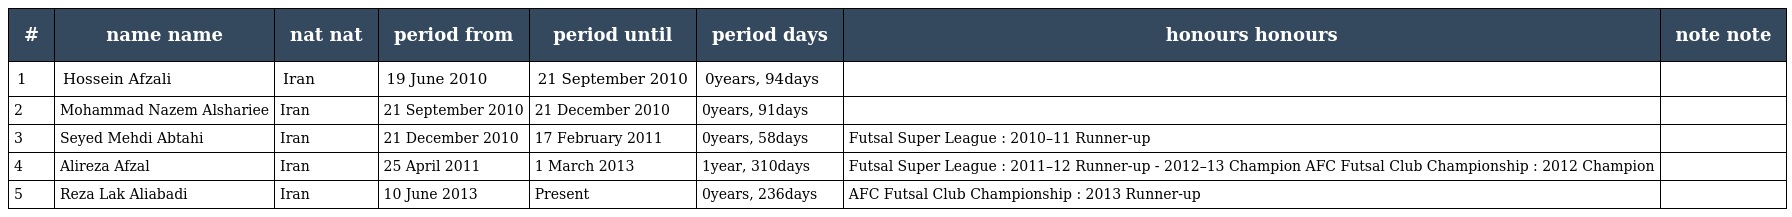
| # | name name | nat nat | period from | period until | period days | honours honours | note note |
 | --- | --- | --- | --- | --- | --- | --- | --- |
 | 1 | Hossein Afzali | Iran | 19 June 2010 | 21 September 2010 | 0years, 94days |  |  |
 | 2 | Mohammad Nazem Alshariee | Iran | 21 September 2010 | 21 December 2010 | 0years, 91days |  |  |
 | 3 | Seyed Mehdi Abtahi | Iran | 21 December 2010 | 17 February 2011 | 0years, 58days | Futsal Super League : 2010–11 Runner-up |  |
 | 4 | Alireza Afzal | Iran | 25 April 2011 | 1 March 2013 | 1year, 310days | Futsal Super League : 2011–12 Runner-up - 2012–13 Champion AFC Futsal Club Championship : 2012 Champion |  |
 | 5 | Reza Lak Aliabadi | Iran | 10 June 2013 | Present | 0years, 236days | AFC Futsal Club Championship : 2013 Runner-up |  |